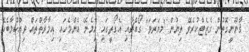
ޤާނޫނީގޮތުން ގެޒެޓްކުރެވޭ ލިޔުން 'މިޔަރަވަ' ގޯއްޗާއި އެގޯތީގައި ހިމެނޭ އެންމެހައި ޢިމާރާތްތައް ވިއްކުމާބެހޭ